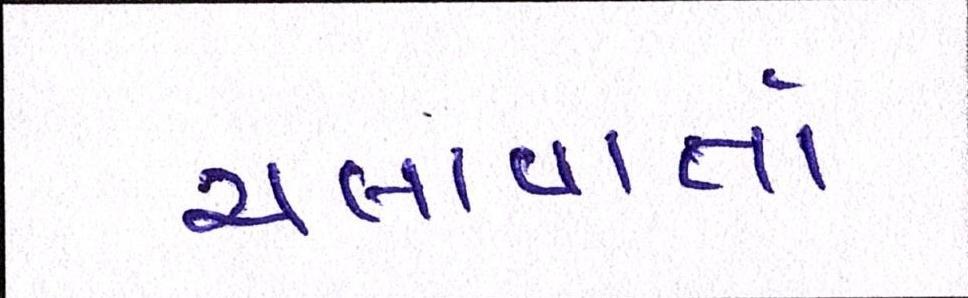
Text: ચલાવાતો